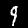
Label: 9